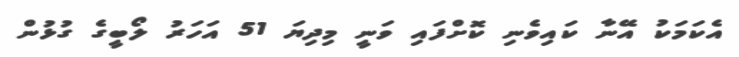
އެކަމަކު އޭނާ ކައިވެނި ކޮށްފައި ވަނީ މިދިޔަ 51 އަހަރު ލޯބީގެ ގުޅުން